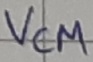
Text: Vcm